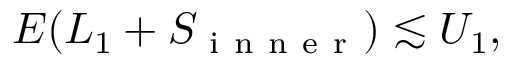
E ( L _ { 1 } + S _ { \mathrm { ~ i ~ n ~ n ~ e ~ r ~ } } ) \lesssim U _ { 1 } ,